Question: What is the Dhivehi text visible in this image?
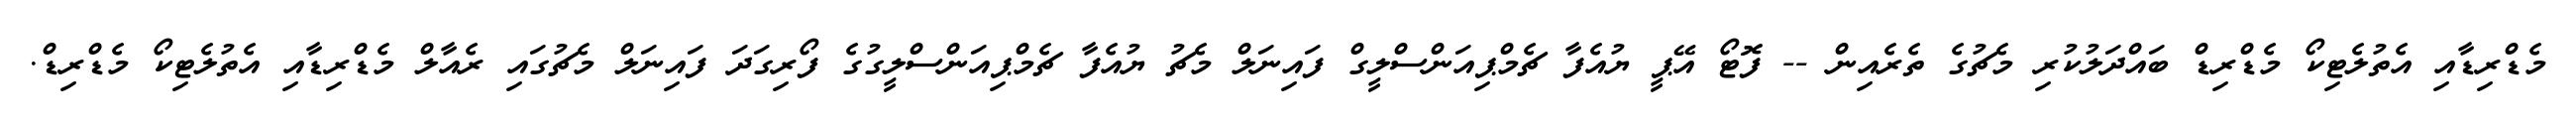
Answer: މެޑްރިޑާއި އެތުލެޓިކޯ މެޑްރިޑް ބައްދަލުކުރި މެޗުގެ ތެރެއިން -- ފޮޓޯ އޭޕީ ޔުއެފާ ޗެމްޕިއަންސްލީގް ފައިނަލް މެޗު ޔުއެފާ ޗެމްޕިއަންސްލީގުގެ ފޯރިގަދަ ފައިނަލް މެޗުގައި ރެއާލް މެޑްރިޑާއި އެތުލެޓިކޯ މެޑްރިޑް.